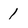
Character: 1